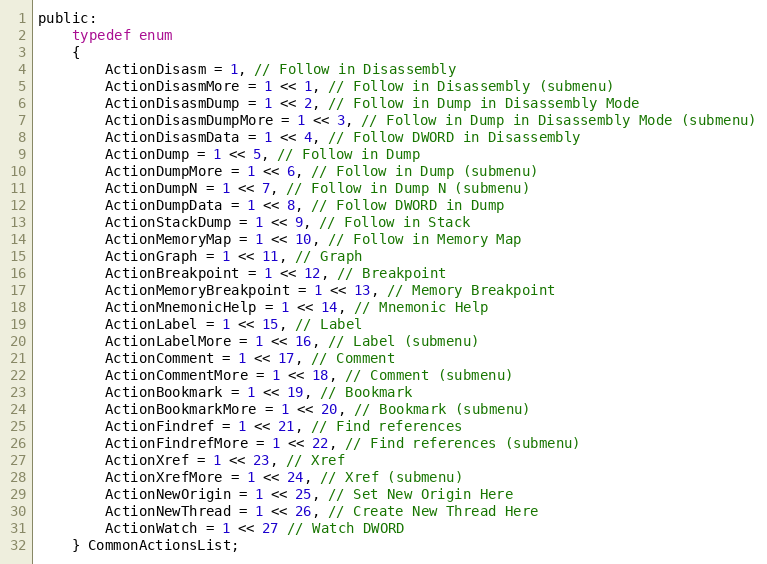
Language: C
public:
    typedef enum
    {
        ActionDisasm = 1, // Follow in Disassembly
        ActionDisasmMore = 1 << 1, // Follow in Disassembly (submenu)
        ActionDisasmDump = 1 << 2, // Follow in Dump in Disassembly Mode
        ActionDisasmDumpMore = 1 << 3, // Follow in Dump in Disassembly Mode (submenu)
        ActionDisasmData = 1 << 4, // Follow DWORD in Disassembly
        ActionDump = 1 << 5, // Follow in Dump
        ActionDumpMore = 1 << 6, // Follow in Dump (submenu)
        ActionDumpN = 1 << 7, // Follow in Dump N (submenu)
        ActionDumpData = 1 << 8, // Follow DWORD in Dump
        ActionStackDump = 1 << 9, // Follow in Stack
        ActionMemoryMap = 1 << 10, // Follow in Memory Map
        ActionGraph = 1 << 11, // Graph
        ActionBreakpoint = 1 << 12, // Breakpoint
        ActionMemoryBreakpoint = 1 << 13, // Memory Breakpoint
        ActionMnemonicHelp = 1 << 14, // Mnemonic Help
        ActionLabel = 1 << 15, // Label
        ActionLabelMore = 1 << 16, // Label (submenu)
        ActionComment = 1 << 17, // Comment
        ActionCommentMore = 1 << 18, // Comment (submenu)
        ActionBookmark = 1 << 19, // Bookmark
        ActionBookmarkMore = 1 << 20, // Bookmark (submenu)
        ActionFindref = 1 << 21, // Find references
        ActionFindrefMore = 1 << 22, // Find references (submenu)
        ActionXref = 1 << 23, // Xref
        ActionXrefMore = 1 << 24, // Xref (submenu)
        ActionNewOrigin = 1 << 25, // Set New Origin Here
        ActionNewThread = 1 << 26, // Create New Thread Here
        ActionWatch = 1 << 27 // Watch DWORD
    } CommonActionsList;